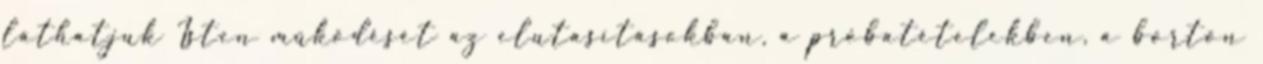
láthatjuk Isten működését az elutasításokban, a próbatételekben, a börtön